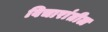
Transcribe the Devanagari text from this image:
विचारांतील